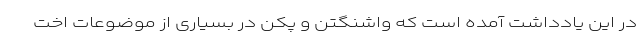
در این یادداشت آمده است که واشنگتن و پکن در بسیاری از موضوعات اخت